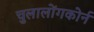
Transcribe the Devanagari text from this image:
चुलालोंगकोर्न